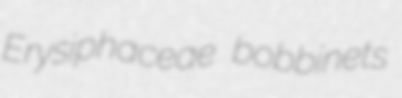
Erysiphaceae bobbinets